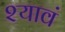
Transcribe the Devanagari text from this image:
श्यावं